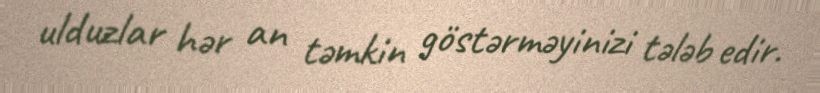
ulduzlar hər an təmkin göstərməyinizi tələb edir.